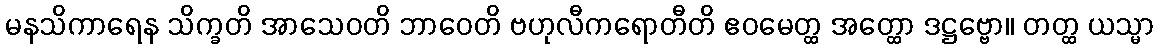
မနသိကာရေန သိက္ခတိ အာသေဝတိ ဘာဝေတိ ဗဟုလီကရောတီတိ ဧဝမေတ္ထ အတ္ထော ဒဋ္ဌဗ္ဗော။ တတ္ထ ယသ္မာ